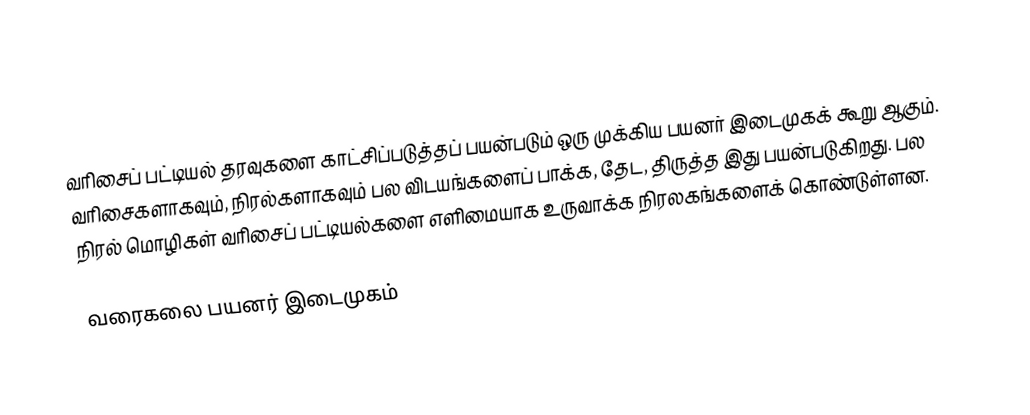
வரிசைப் பட்டியல் தரவுகளை காட்சிப்படுத்தப் பயன்படும் ஒரு முக்கிய பயனர் இடைமுகக் கூறு ஆகும்.  வரிசைகளாகவும், நிரல்களாகவும் பல விடயங்களைப் பாக்க, தேட, திருத்த இது பயன்படுகிறது.  பல நிரல் மொழிகள் வரிசைப் பட்டியல்களை எளிமையாக உருவாக்க நிரலகங்களைக் கொண்டுள்ளன.

வரைகலை பயனர் இடைமுகம்